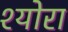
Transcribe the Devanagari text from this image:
श्योरा